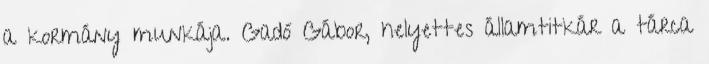
a kormány munkája. Gadó Gábor, helyettes államtitkár a tárca